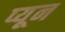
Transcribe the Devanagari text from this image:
प्यून